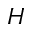
H